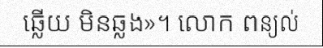
ឆ្លើយ មិនឆ្លង»។ លោក ពន្យល់